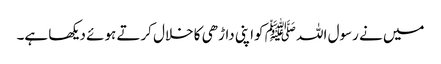
میں نے رسول اللہ ﷺ کواپنی داڑھی کا خلال کرتے ہوئے دیکھا ہے۔